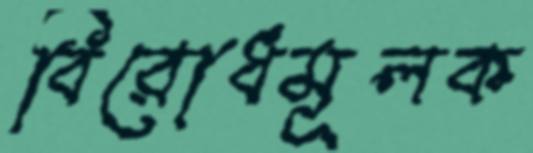
বিরোধমূলক